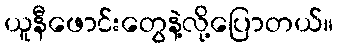
ယူနီဖောင်းတွေနဲ့လို့ပြောတယ်။